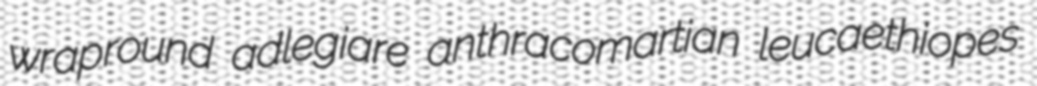
wrapround adlegiare anthracomartian leucaethiopes